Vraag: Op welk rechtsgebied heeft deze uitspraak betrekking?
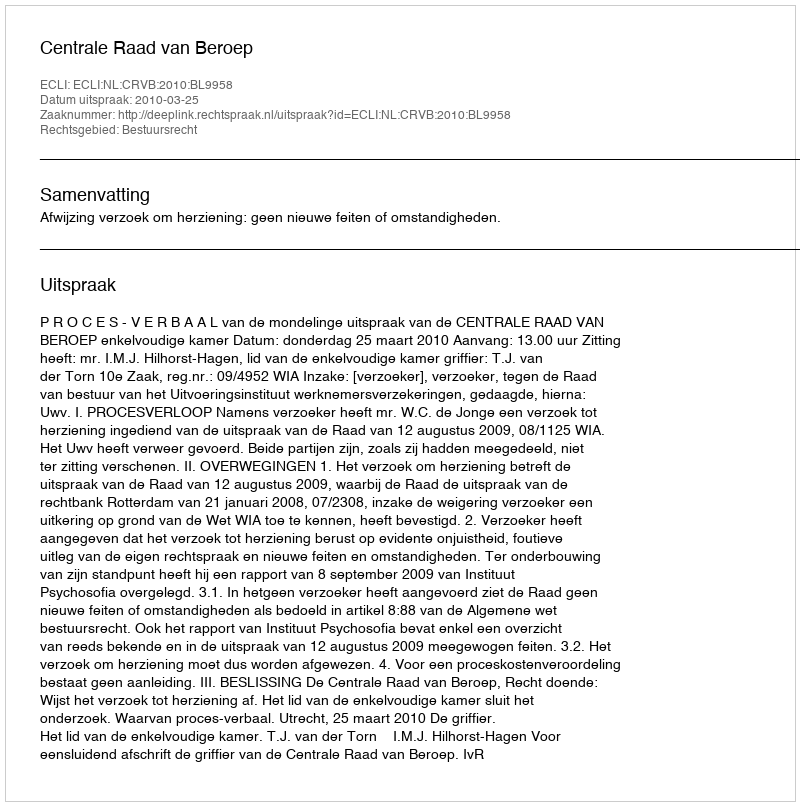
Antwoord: Bestuursrecht